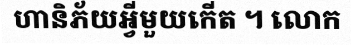
ហានិភ័យអ្វីមួយកើត ។ លោក